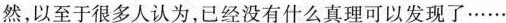
然，以至于很多人认为，已经没有什么真理可以发现了……